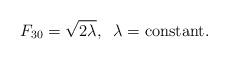
LaTeX: \begin{align*}F_{30}=\sqrt{2\lambda}, \;\;\lambda={\rm constant}.\end{align*}